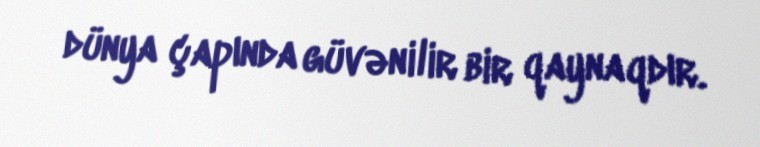
dünya çapında güvənilir bir qaynaqdır.